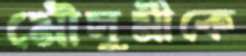
মৌসুমীকে